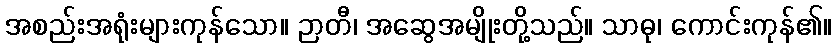
အစည်းအရုံးများကုန်သော။ ဉာတီ၊ အဆွေအမျိုးတို့သည်။ သာဓု၊ ကောင်းကုန်၏။